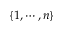
\{ 1 , \cdots , n \}